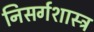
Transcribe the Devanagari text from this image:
निसर्गशास्त्र